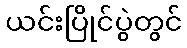
ယင်းပြိုင်ပွဲတွင်